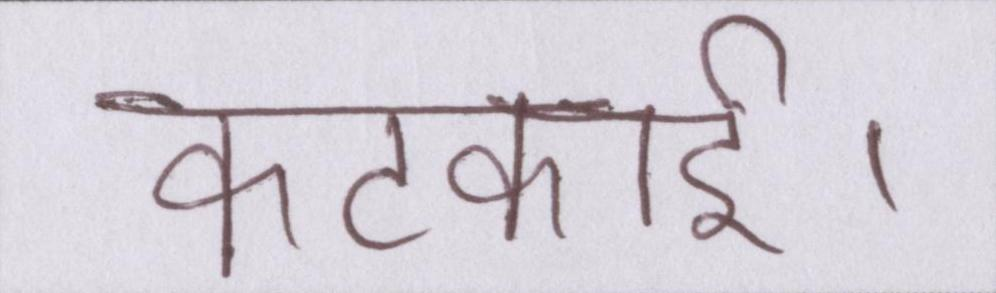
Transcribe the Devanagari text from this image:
कटकाई।